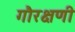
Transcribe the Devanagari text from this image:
गौरक्षणी